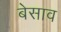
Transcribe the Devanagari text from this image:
बेसाव